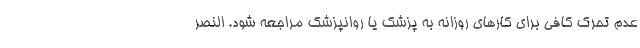
عدم تحرک کافی برای کارهای روزانه به پزشک یا روانپزشک مراجعه شود. النصر